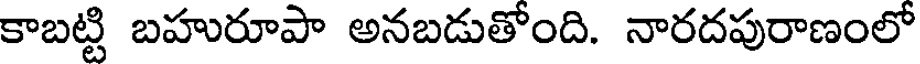
కాబట్టి బహురూపా అనబడుతోంది. నారదపురాణంలో